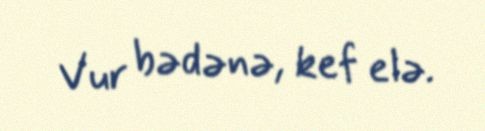
Vur bədənə, kef elə.